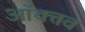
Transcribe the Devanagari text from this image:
ऑक्तव